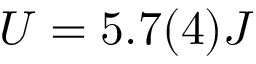
U = 5 . 7 ( 4 ) J